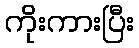
ကိုးကားပြီး